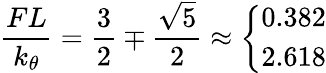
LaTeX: {\frac{FL}{k_{\theta}}}={\frac{3}{2}}\mp{\frac{\sqrt{5}}{2}}\approx\left\{ {\begin{array}{l}{0.382}\\ {2.618}\end{array}}\right.